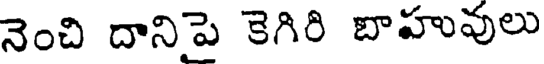
నెంచి దానిపె కెగిరి బాహువులు